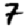
Digit: 7